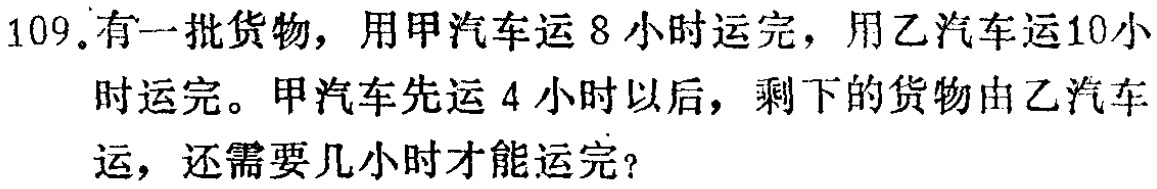
109.有一批货物，用甲汽车运8小时运完，用乙汽车运10小时运完。甲汽车先运4小时以后，剩下的货物由乙汽车运，还需要几小时才能运完？